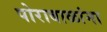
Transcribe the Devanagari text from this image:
पोराबाळांना